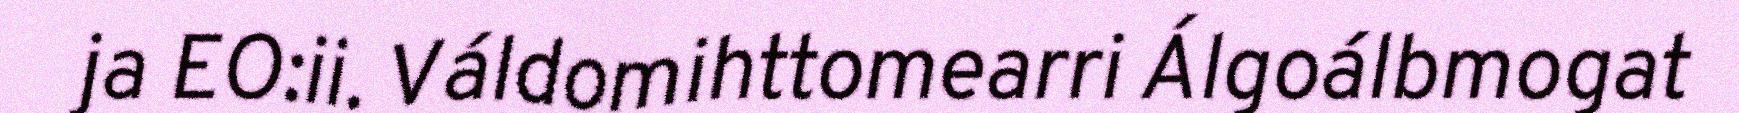
ja EO:ii. Váldomihttomearri Álgoálbmogat